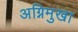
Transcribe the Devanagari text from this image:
अग्निमुखा